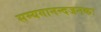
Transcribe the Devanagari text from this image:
सम्यगानन्दजनकः